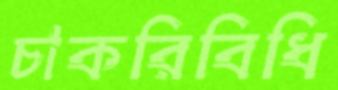
চাকরিবিধি